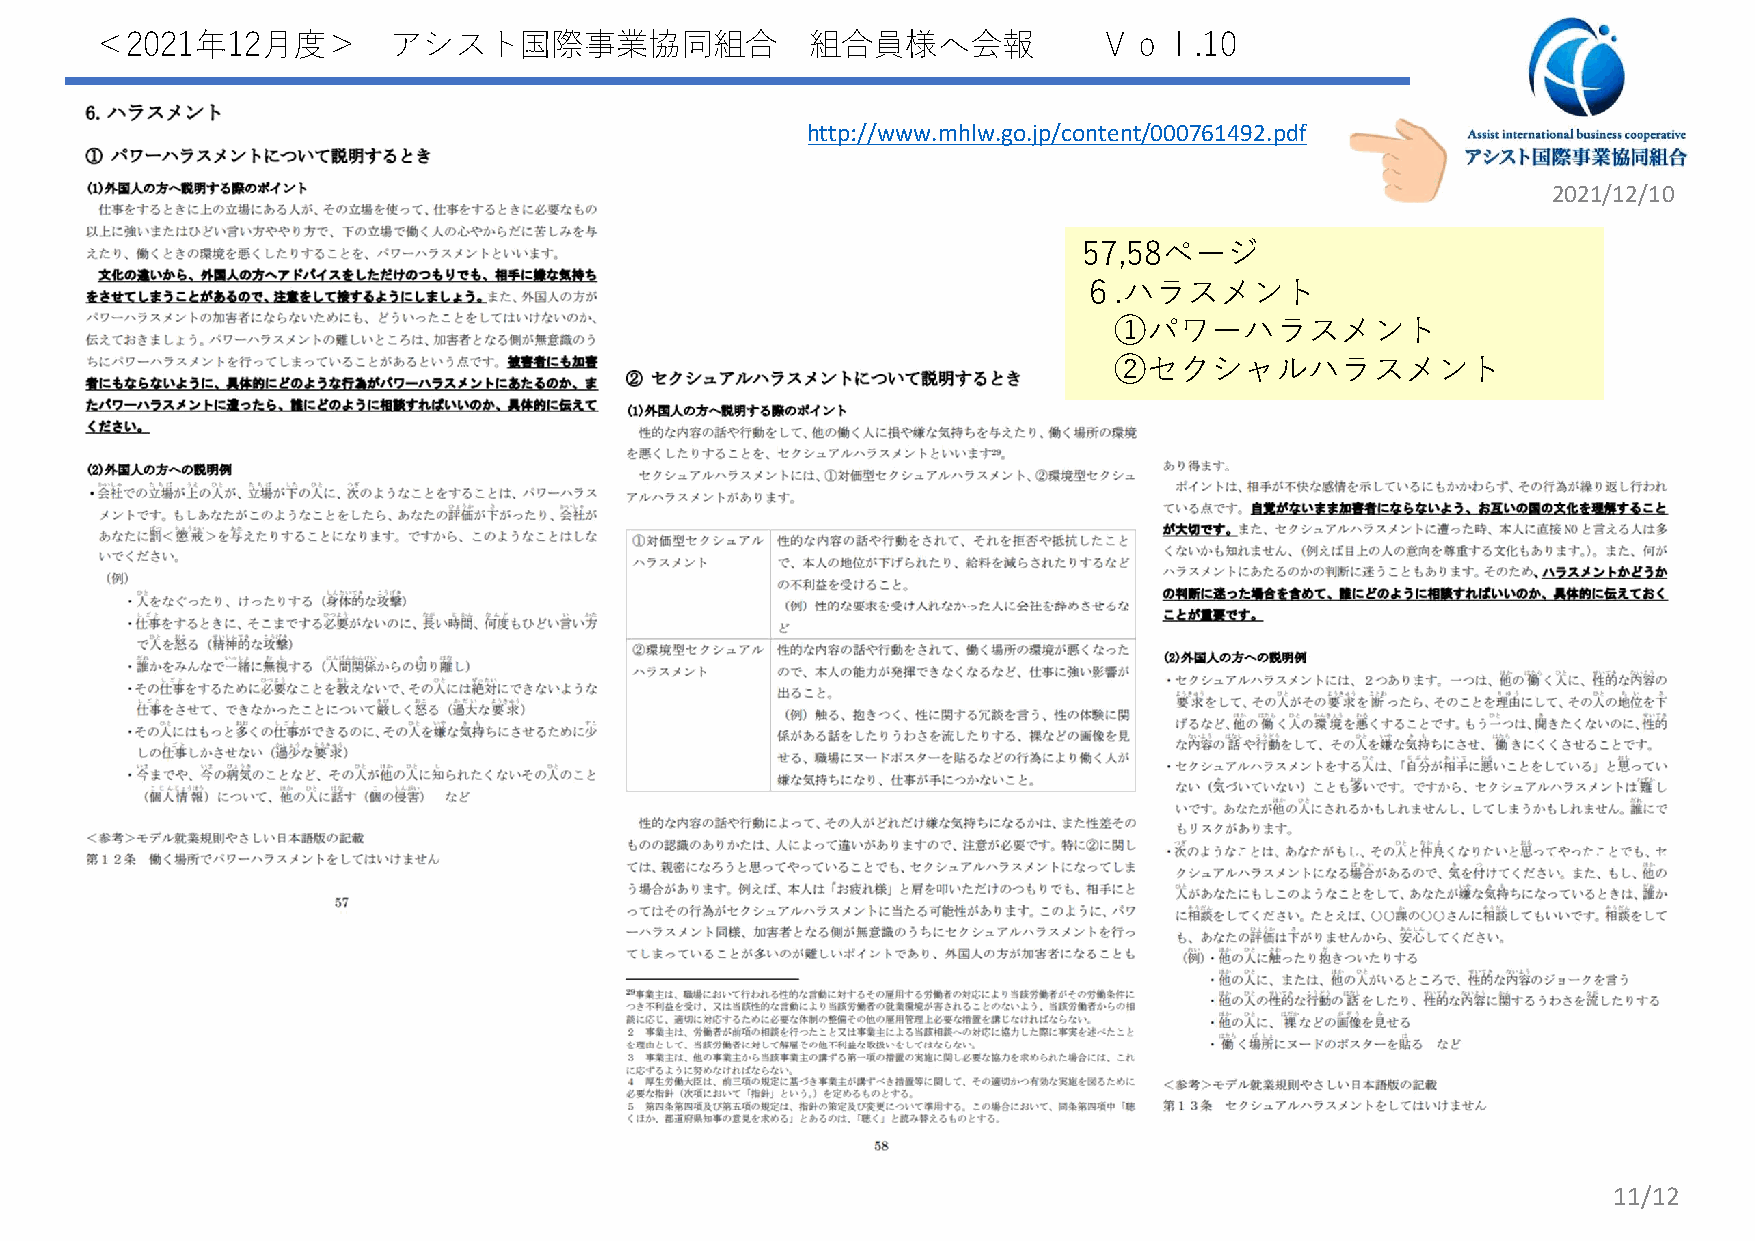
＜2021年12月度＞         アシスト国際事業協同組合                組合員様へ会報            Ｖｏｌ.10
 http://www.mhlw.go.jp/content/000761492.pdf
 2021/12/10
 57,58ページ
 ６.ハラスメント
 ①パワーハラスメント
 ②セクシャルハラスメント
 11/12